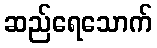
ဆည်ရေသောက်